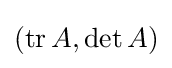
(\operatorname {tr} A,\det A)